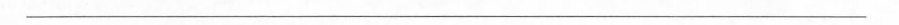
吾为若教子不善邪?